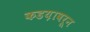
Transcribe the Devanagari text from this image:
कडय़ावरून